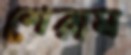
শেরাম